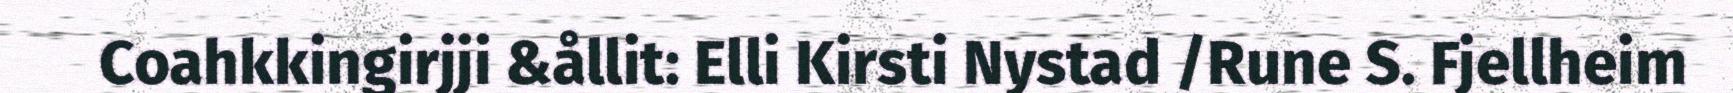
Coahkkingirjji &ållit: Elli Kirsti Nystad /Rune S. Fjellheim